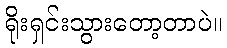
ရိုးရှင်းသွားတော့တာပဲ။